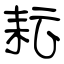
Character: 耘